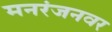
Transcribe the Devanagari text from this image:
मनरंजनवर